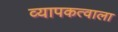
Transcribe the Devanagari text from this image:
व्यापकत्वाला